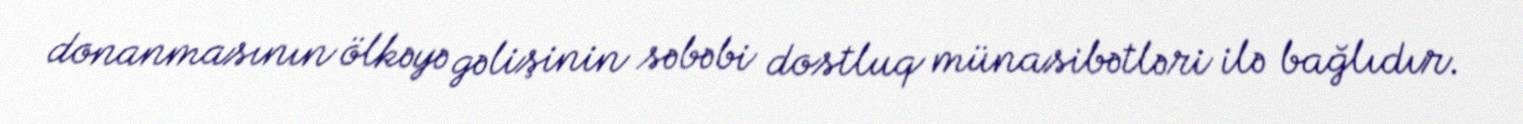
donanmasının ölkəyə gəlişinin səbəbi dostluq münasibətləri ilə bağlıdır.